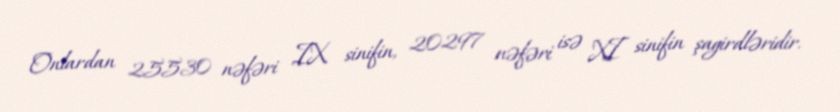
Onlardan 25530 nəfəri IX sinifin, 20297 nəfəri isə XI sinifin şagirdləridir.